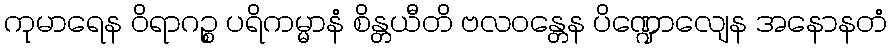
ကုမာရေန ဝိရာဂဉ္စ ပရိကမ္မာနံ စိန္တယီတိ ဗလဝန္တေန ပိဏ္ဍောလျေန အနောနတံ